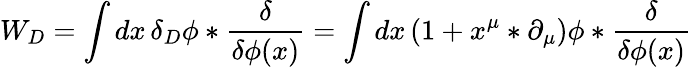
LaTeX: W_{D}=\int dx\, \delta_{D}\phi*{\frac{\delta}{\delta\phi(x)}}=\int dx\, (1+x^{\mu}*\partial_{\mu})\phi*{\frac{\delta}{\delta\phi(x)}}